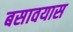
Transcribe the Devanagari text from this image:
बसावयास